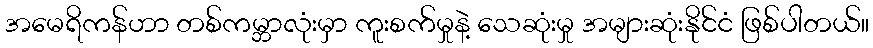
အမေရိကန်ဟာ တစ်ကမ္ဘာလုံးမှာ ကူးစက်မှုနဲ့ သေဆုံးမှု အများဆုံးနိုင်ငံ ဖြစ်ပါတယ်။